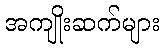
အကျိုးဆက်များ